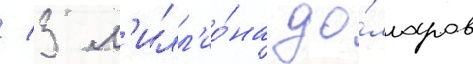
/ 3 м'илл'ио́на до́лларов